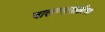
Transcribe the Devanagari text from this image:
चालण्यासाठीचा